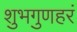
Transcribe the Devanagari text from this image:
शुभगुणहरं